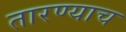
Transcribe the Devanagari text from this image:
तारण्याच